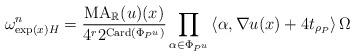
LaTeX: \begin{align*}\omega^n_{\exp(x)H} = \frac{\mathrm{MA}_{\mathbb{R}}(u)(x) }{4^r2^{\mathrm{Card}(\Phi_{P^u})}}\prod_{\alpha\in \Phi_{P^u}} \left<\alpha, \nabla u(x)+4t_{\rho_P}\right> \Omega\end{align*}